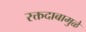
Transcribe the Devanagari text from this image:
रक्तदाबामुळे